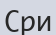
Сри